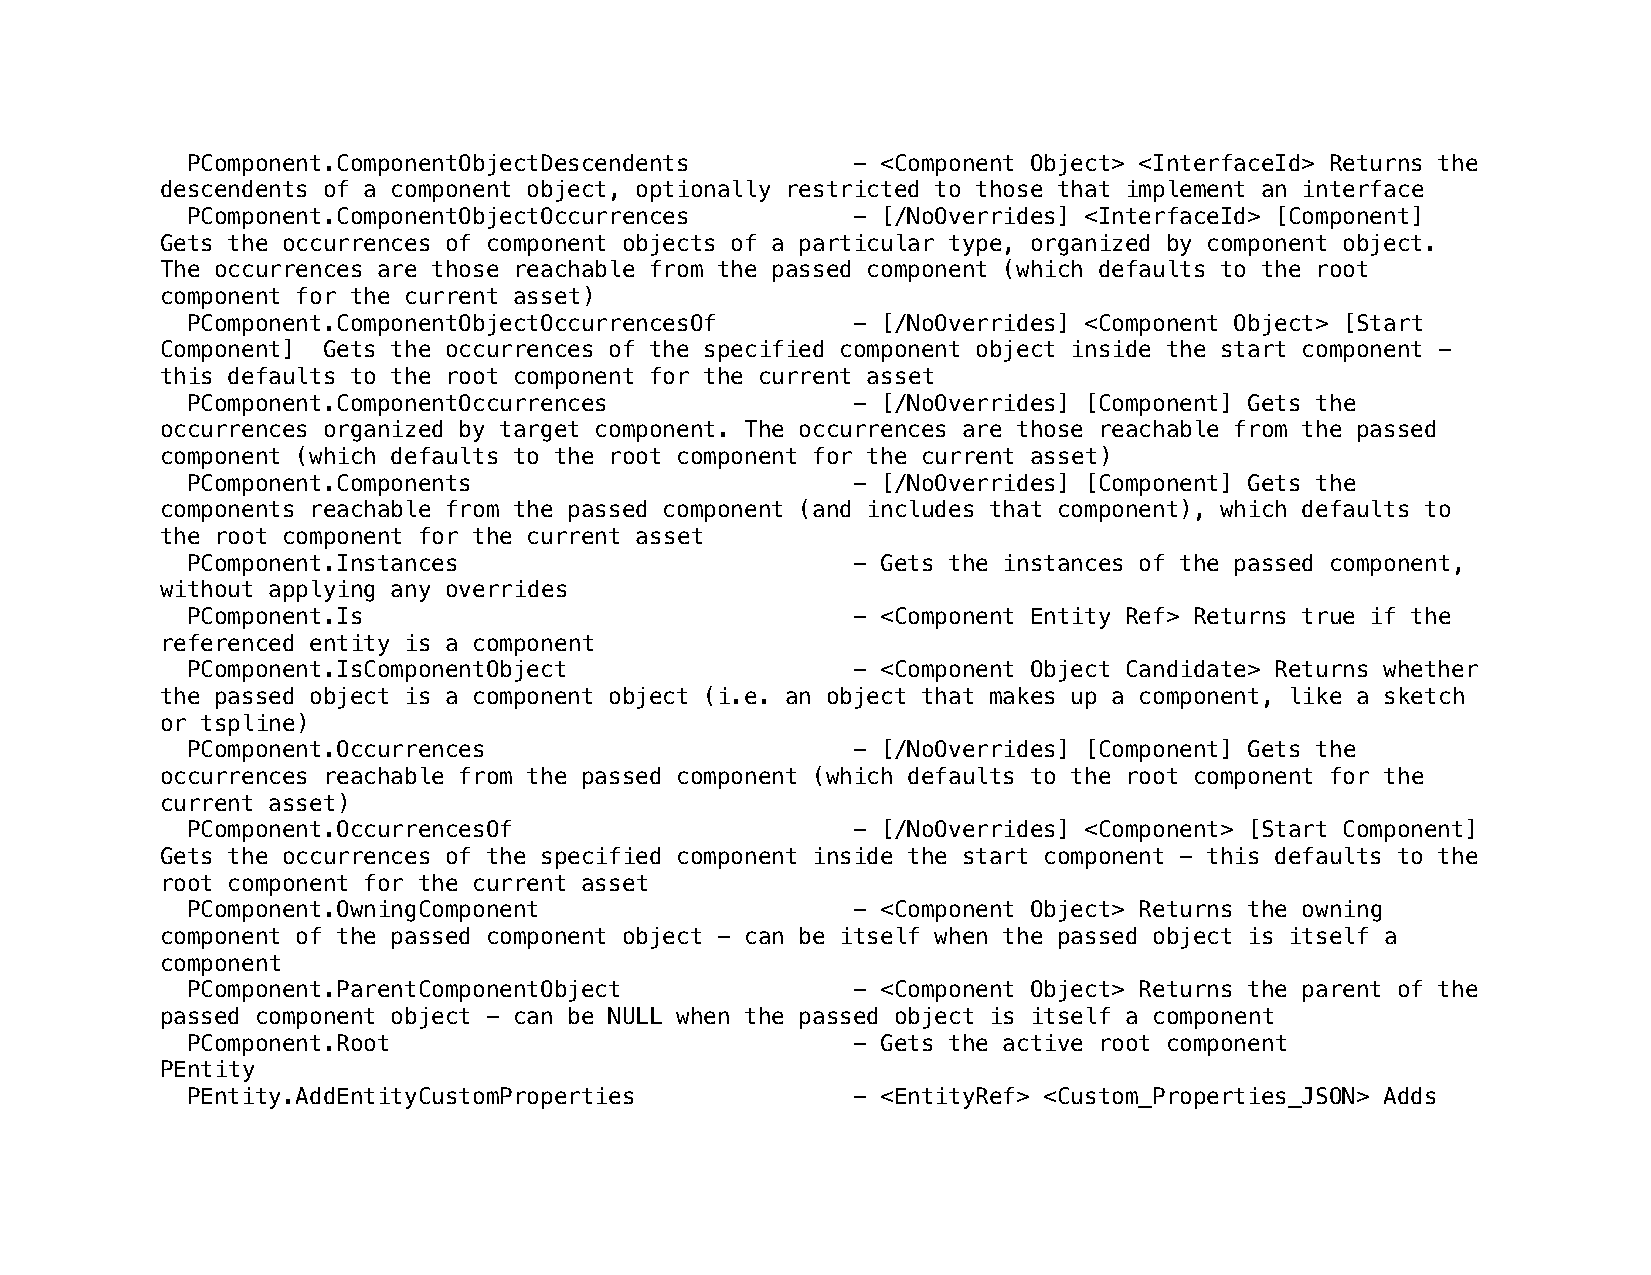
PComponent.ComponentObjectDescendents       - <Component Object> <InterfaceId> Returns the
 descendents of a component object, optionally restricted to those that implement an interface
 PComponent.ComponentObjectOccurrences       - [/NoOverrides] <InterfaceId> [Component]
 Gets the occurrences of component objects of a particular type, organized by component object.
 The occurrences are those reachable from the passed component (which defaults to the root
 component for the current asset)
 PComponent.ComponentObjectOccurrencesOf     - [/NoOverrides] <Component Object> [Start
 Component] Gets the occurrences of the specified component object inside the start component -
 this defaults to the root component for the current asset
 PComponent.ComponentOccurrences             - [/NoOverrides] [Component] Gets the
 occurrences organized by target component. The occurrences are those reachable from the passed
 component (which defaults to the root component for the current asset)
 PComponent.Components                       - [/NoOverrides] [Component] Gets the
 components reachable from the passed component (and includes that component), which defaults to
 the root component for the current asset
 PComponent.Instances                        - Gets the instances of the passed component,
 without applying any overrides
 PComponent.Is                               - <Component Entity Ref> Returns true if the
 referenced entity is a component
 PComponent.IsComponentObject                - <Component Object Candidate> Returns whether
 the passed object is a component object (i.e. an object that makes up a component, like a sketch
 or tspline)
 PComponent.Occurrences                      - [/NoOverrides] [Component] Gets the
 occurrences reachable from the passed component (which defaults to the root component for the
 current asset)
 PComponent.OccurrencesOf                    - [/NoOverrides] <Component> [Start Component]
 Gets the occurrences of the specified component inside the start component - this defaults to the
 root component for the current asset
 PComponent.OwningComponent                  - <Component Object> Returns the owning
 component of the passed component object - can be itself when the passed object is itself a
 component
 PComponent.ParentComponentObject            - <Component Object> Returns the parent of the
 passed component object - can be NULL when the passed object is itself a component
 PComponent.Root                             - Gets the active root component
 PEntity
 PEntity.AddEntityCustomProperties           - <EntityRef> <Custom_Properties_JSON> Adds